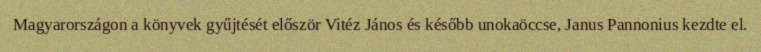
Magyarországon a könyvek gyűjtését először Vitéz János és később unokaöccse, Janus Pannonius kezdte el.